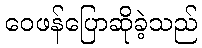
ဝေဖန်ပြောဆိုခဲ့သည်